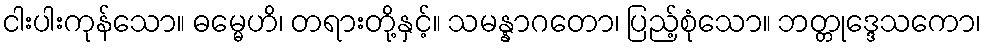
ငါးပါးကုန်သော။ ဓမ္မေဟိ၊ တရားတို့နှင့်။ သမန္နာဂတော၊ ပြည့်စုံသော။ ဘတ္တုဒ္ဒေသကော၊